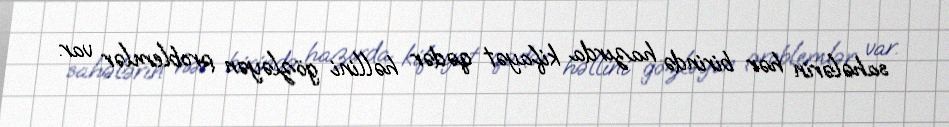
sahələrin hər birində hazırda kifayət qədər həllini gözləyən problemlər var.